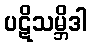
ပဋိသမ္ဘိဒါ